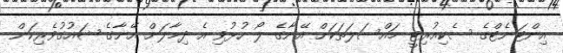
އިންޓަނެޓްގެ ސެކިއުރިޓީ މައްސަލަތަކަށް އޭނާގެ ލޯ ހުޅުވި އެ ދިމާލަށް އޭނާގެ ޝައުގުވެރިކަން